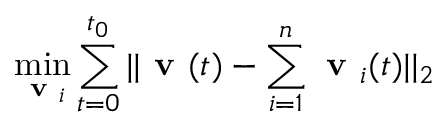
\operatorname* { m i n } _ { \textbf { v } _ { i } } \sum _ { t = 0 } ^ { t _ { 0 } } | | \textbf { v } ( t ) - \sum _ { i = 1 } ^ { n } { \textbf { v } _ { i } ( t ) } | | _ { 2 }